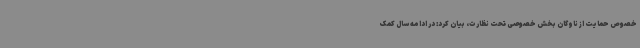
خصوص حمایت از ناوگان بخش خصوصی تحت نظارت، بیان کرد: در ادامه سال کمک